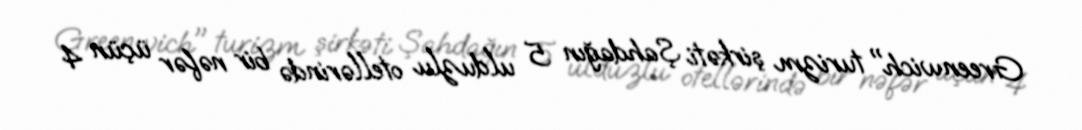
Greenwich" turizm şirkəti Şahdağın 5 ulduzlu otellərində bir nəfər üçün 4